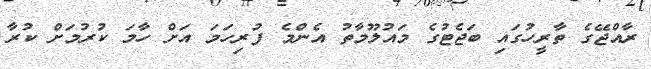
ރާއްޖޭގެ ތާރީހުގައި ބަޖެޓުގެ މައުލޫމާތު އެންމެ ފުރިހަމަ އަށް ހާމަ ކުރުމަށް ކުރާ